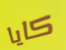
كايا